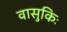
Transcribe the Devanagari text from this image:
वासुकिः